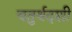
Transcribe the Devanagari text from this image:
चतुर्थदशी